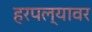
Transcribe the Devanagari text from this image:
हरपल्यावर